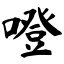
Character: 噔